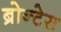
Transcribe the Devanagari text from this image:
ब्रोन्टेस